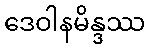
ဒေဝါနမိန္ဒဿ